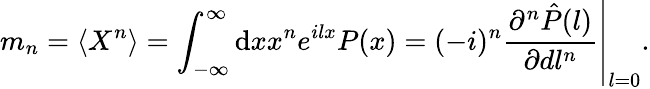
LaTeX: m_{n}=\langle X^{n}\rangle=\int_{-\infty}^{\infty}\mathrm{d}xx^{n}e^{ilx}P(x)=\left.(-i)^{n}\frac{\partial^{n}\hat{P}(l)}{\partial dl^{n}}\right\vert_{l=0}.